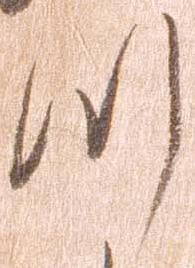
つ